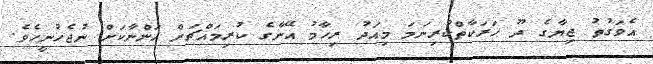
އެވަގުތު ޖިޔާގެ ދޫ ހަރަކާތްކުރިނަމަ މިއަދު ރިހާމު އޭނާގެ ކުރިމައްޗަށް އަންނާކަށް ނުޖެހުނީހެވެ.